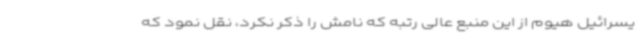
یسرائیل هیوم از این منبع عالی رتبه که نامش را ذکر نکرد، نقل نمود که